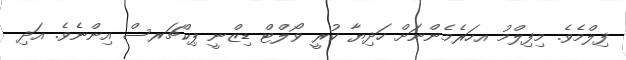
ފިލްމެވެ. މިފިލްމު އހަރެމެންނަށް ހަދިޔާ ކުރީ ވޯލްޓް ޑިޒްނީ ޕިކްޗަރސް އިންނެވެ. އަދި